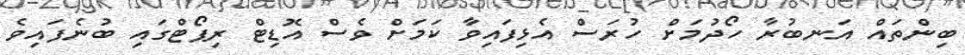
ބިންތައް އަނބުރާ ހޯދުމަށް ހުރަސް އެޅިފައިވާ ކަމަށް ވެސް އޮޑިޓް ރިޕޯޓްގައި ބުނެފައިވެ